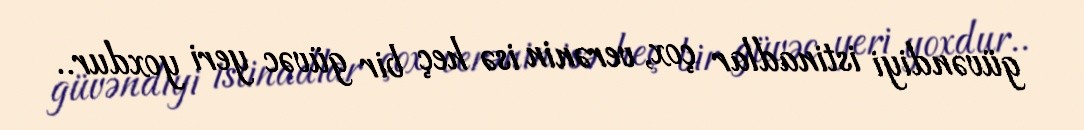
güvəndiyi istinadlar çox, verənin isə heç bir güvəc yeri yoxdur..